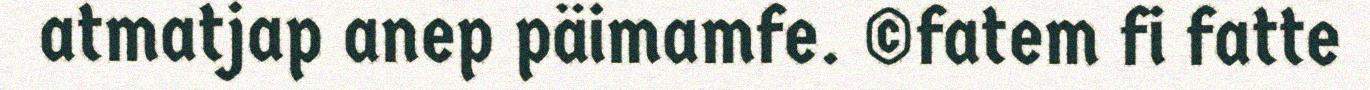
atmatjap anep päimamfe. ©fatem fi fatte